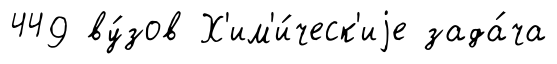
449 ву́зов Х'им'и́ческ'иjе зада́ча